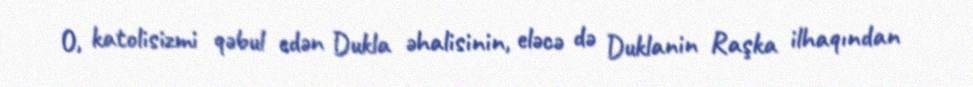
O, katolisizmi qəbul edən Dukla əhalisinin, eləcə də Duklanin Raşka ilhaqından